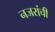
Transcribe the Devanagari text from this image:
नजरांची